Voru_kinnistusamet, lk 5
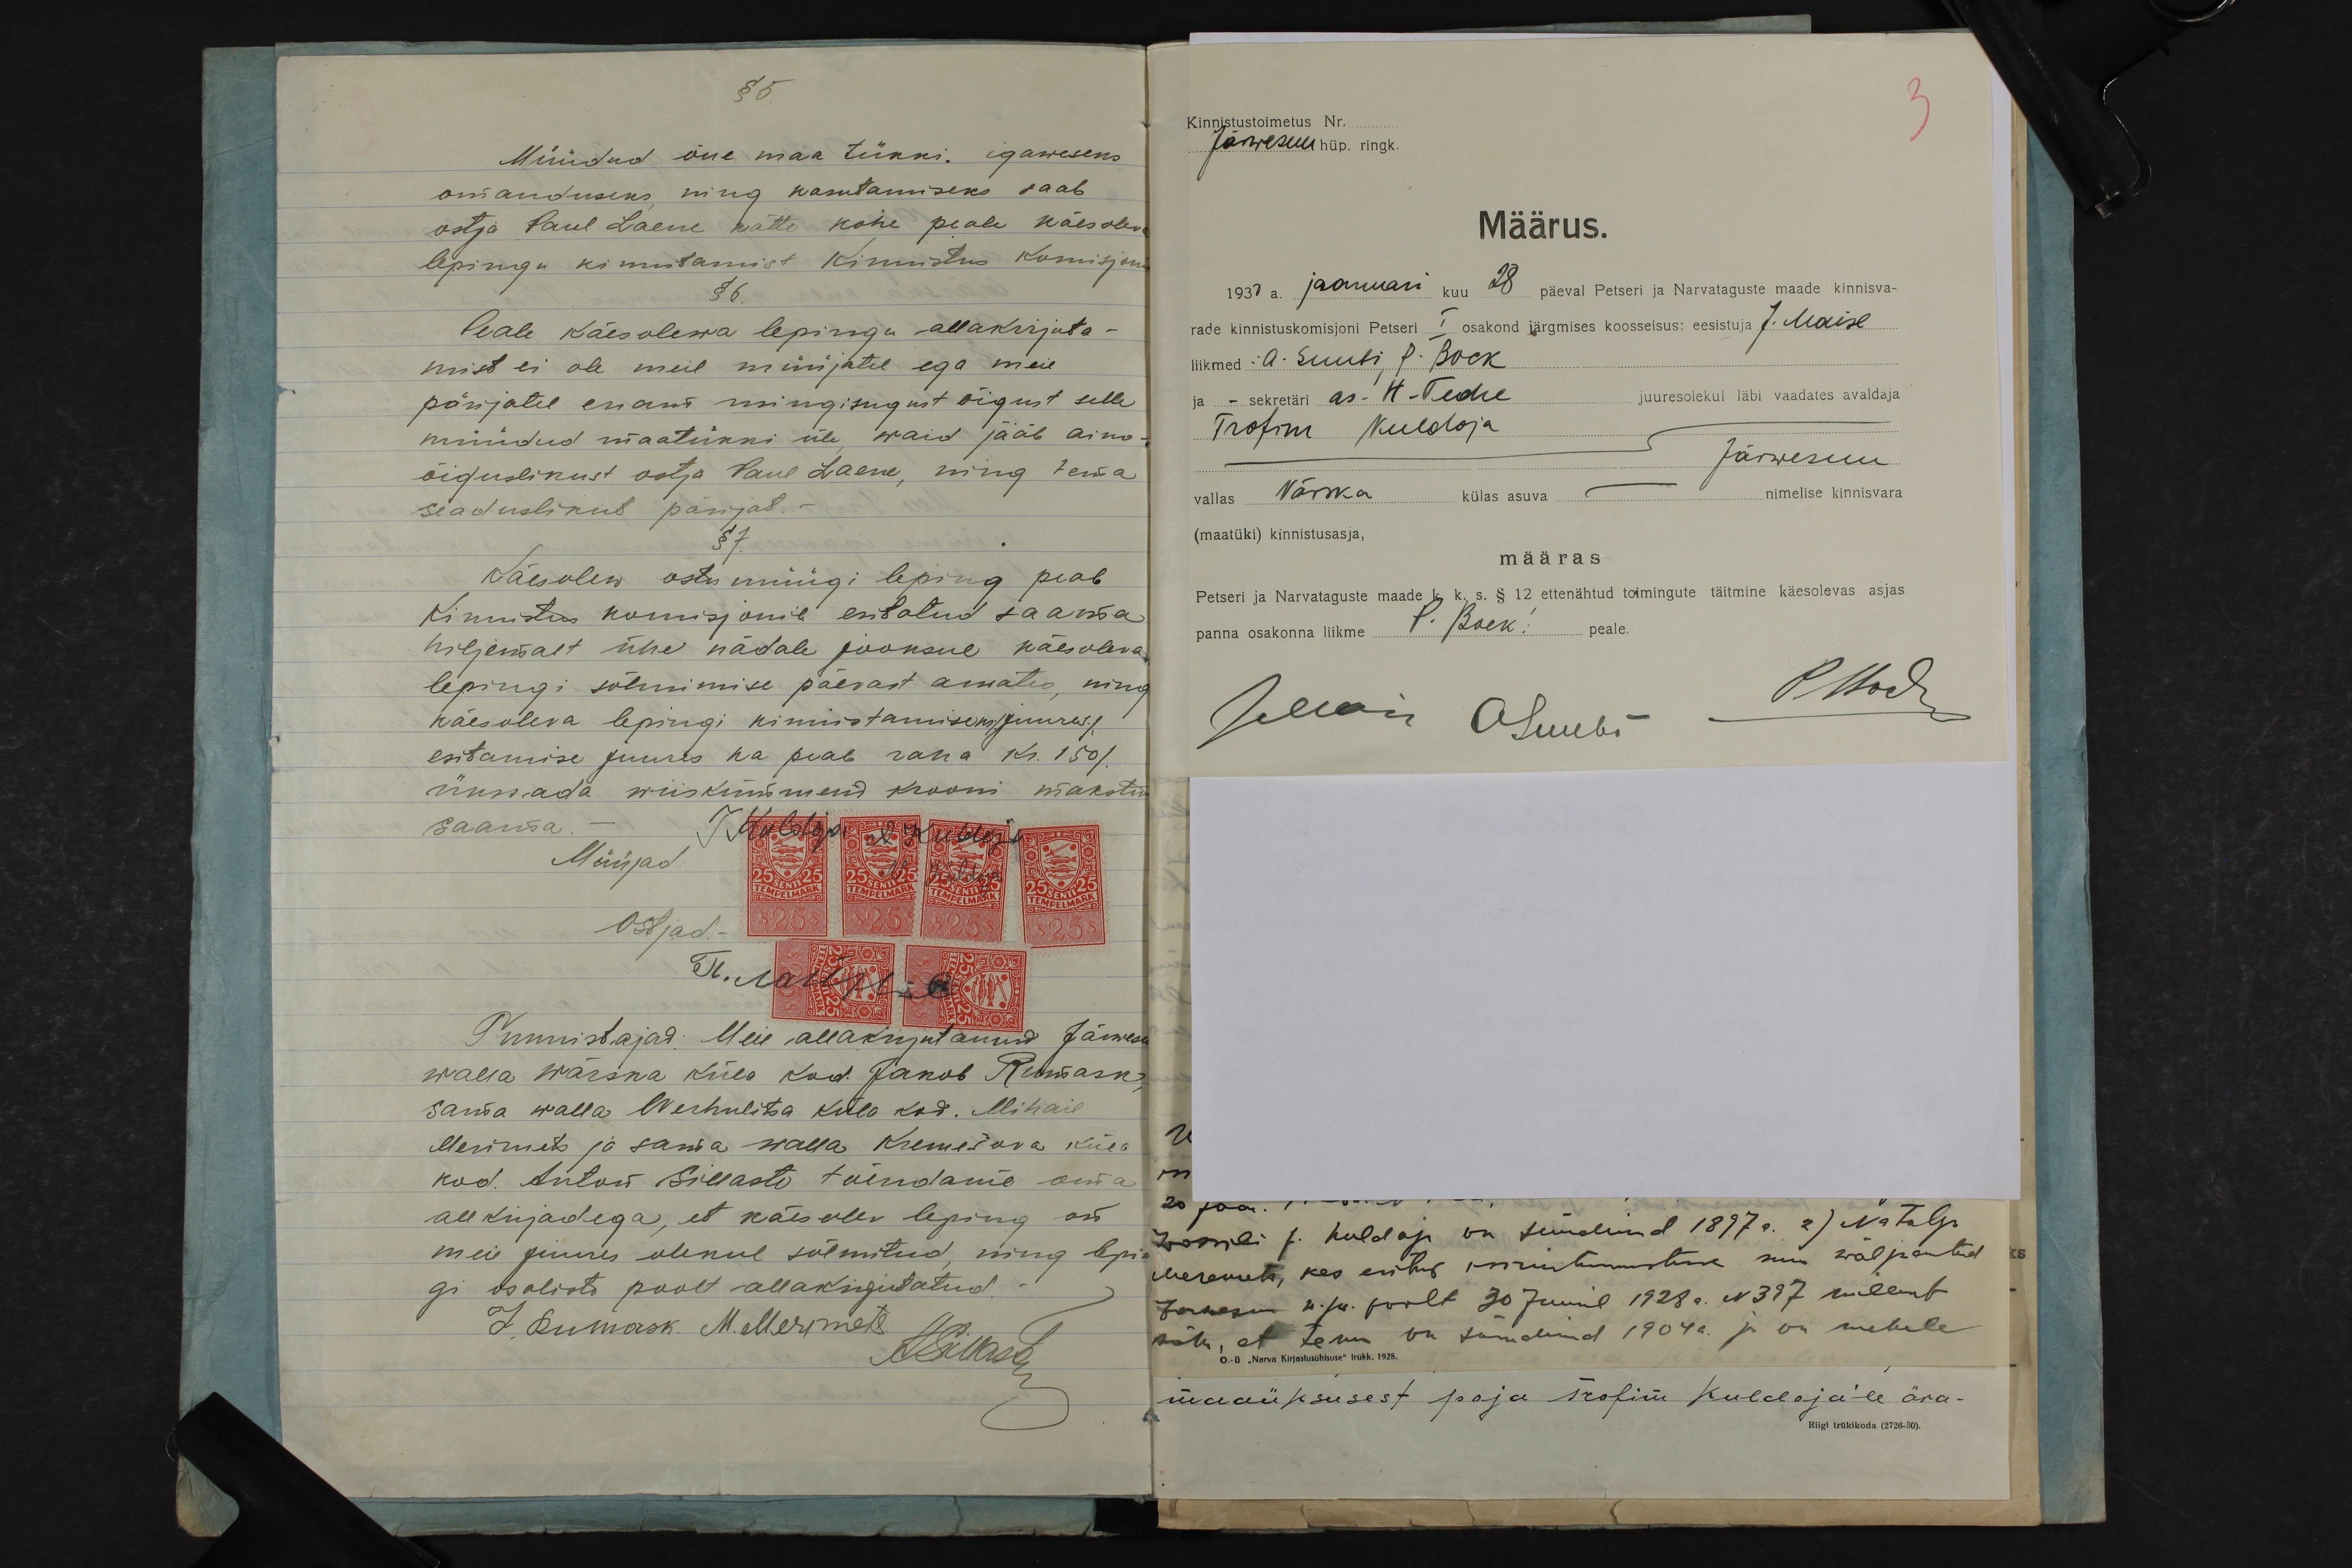
§ 5.
Müüdud õue maa tükki. igaweseks
omanduseks, ning kasutamiseks saab
ostja Paul Laene kätte kohe peale käesoleva
lepingu kinnitamist Kinnistus Komisjonis
§ 6.
Peale käesolewa lepingu allakirjuta-
mist ei ole meil müüjatel ega meie
pärijatel enam mingisugust õigust selle
müüdud maatükki üle, waid jääb aino-
õiguslikust ostja Paul Laene, ning tema
seaduslikut pärijat. -
§ 7.
Käesolew ostu müügi leping peab
Kinnistus komisjonile esitatud saama
hiljemalt ühe nädale jooksul käesoleva
lepingi sõlmimise päevast arwates, ning
käesoleva lepingi kinnistamiseks (juures.)
esitamise juures ka peab raha Kr. 150 (
ükssada wiiskümmend krooni makstud
saama. -
T Kuldoja A Kuldoja
Müüjad:
N. Kuldoja
Ostjad. -
Tunnistajad: Meie allakirjutanud Järwesu
walla Wärska küla kod. Jakob Rumask,
sama walla Werhulitsa küla kod. Mihail
Merimets ja sama walla Kremešova küla
kod. Anton Sillaste tõendame oma
all kirjadega, et käesolev leping on
meie juures olekul sõlmitud, ning lepin-
gi osaliste poolt allakirjutatud.
J. Rumask. M. Merimets
ASillaste

3
Kinnistustoimetus Nr.
Järwesuu hüp. ringk.
Määrus.
1930 a. jaanuari kuu 28 päeval Petseri ja Narvataguste maade kinnisva-
rade kinnistuskomisjoni Petseri I osakond järgmises koosseisus: eesistuja J. Maise
liikmed: A. Suubi, P. Bock
ja - sekretäri as. H. Tedre juuresolekul läbi vaadates avaldaja
Trofim Kuldoja
Järwesuu
vallas Värska külas asuva - nimelise kinnisvara
(maatüki) kinnistusasja,
määras
Petseri ja Narvataguste maade k.k.s. § 12 ettenähtud toimingute täitmine käesolevas asjas
panna osakonna liikme P. Bock´i peale.
JMaise ASuubi
PBock